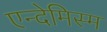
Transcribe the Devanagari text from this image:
एन्देमिस्म